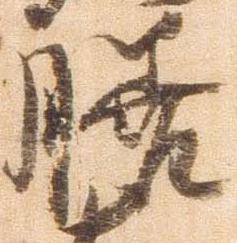
膳